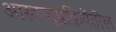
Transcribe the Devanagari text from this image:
आस्वादप्रक्रियेतील